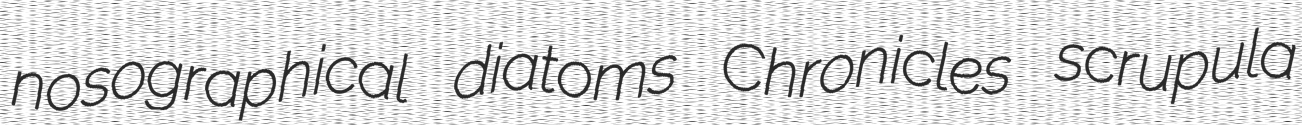
nosographical diatoms Chronicles scrupula